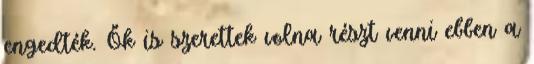
engedték. Ők is szerettek volna részt venni ebben a